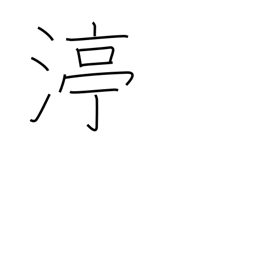
Meaning: stop